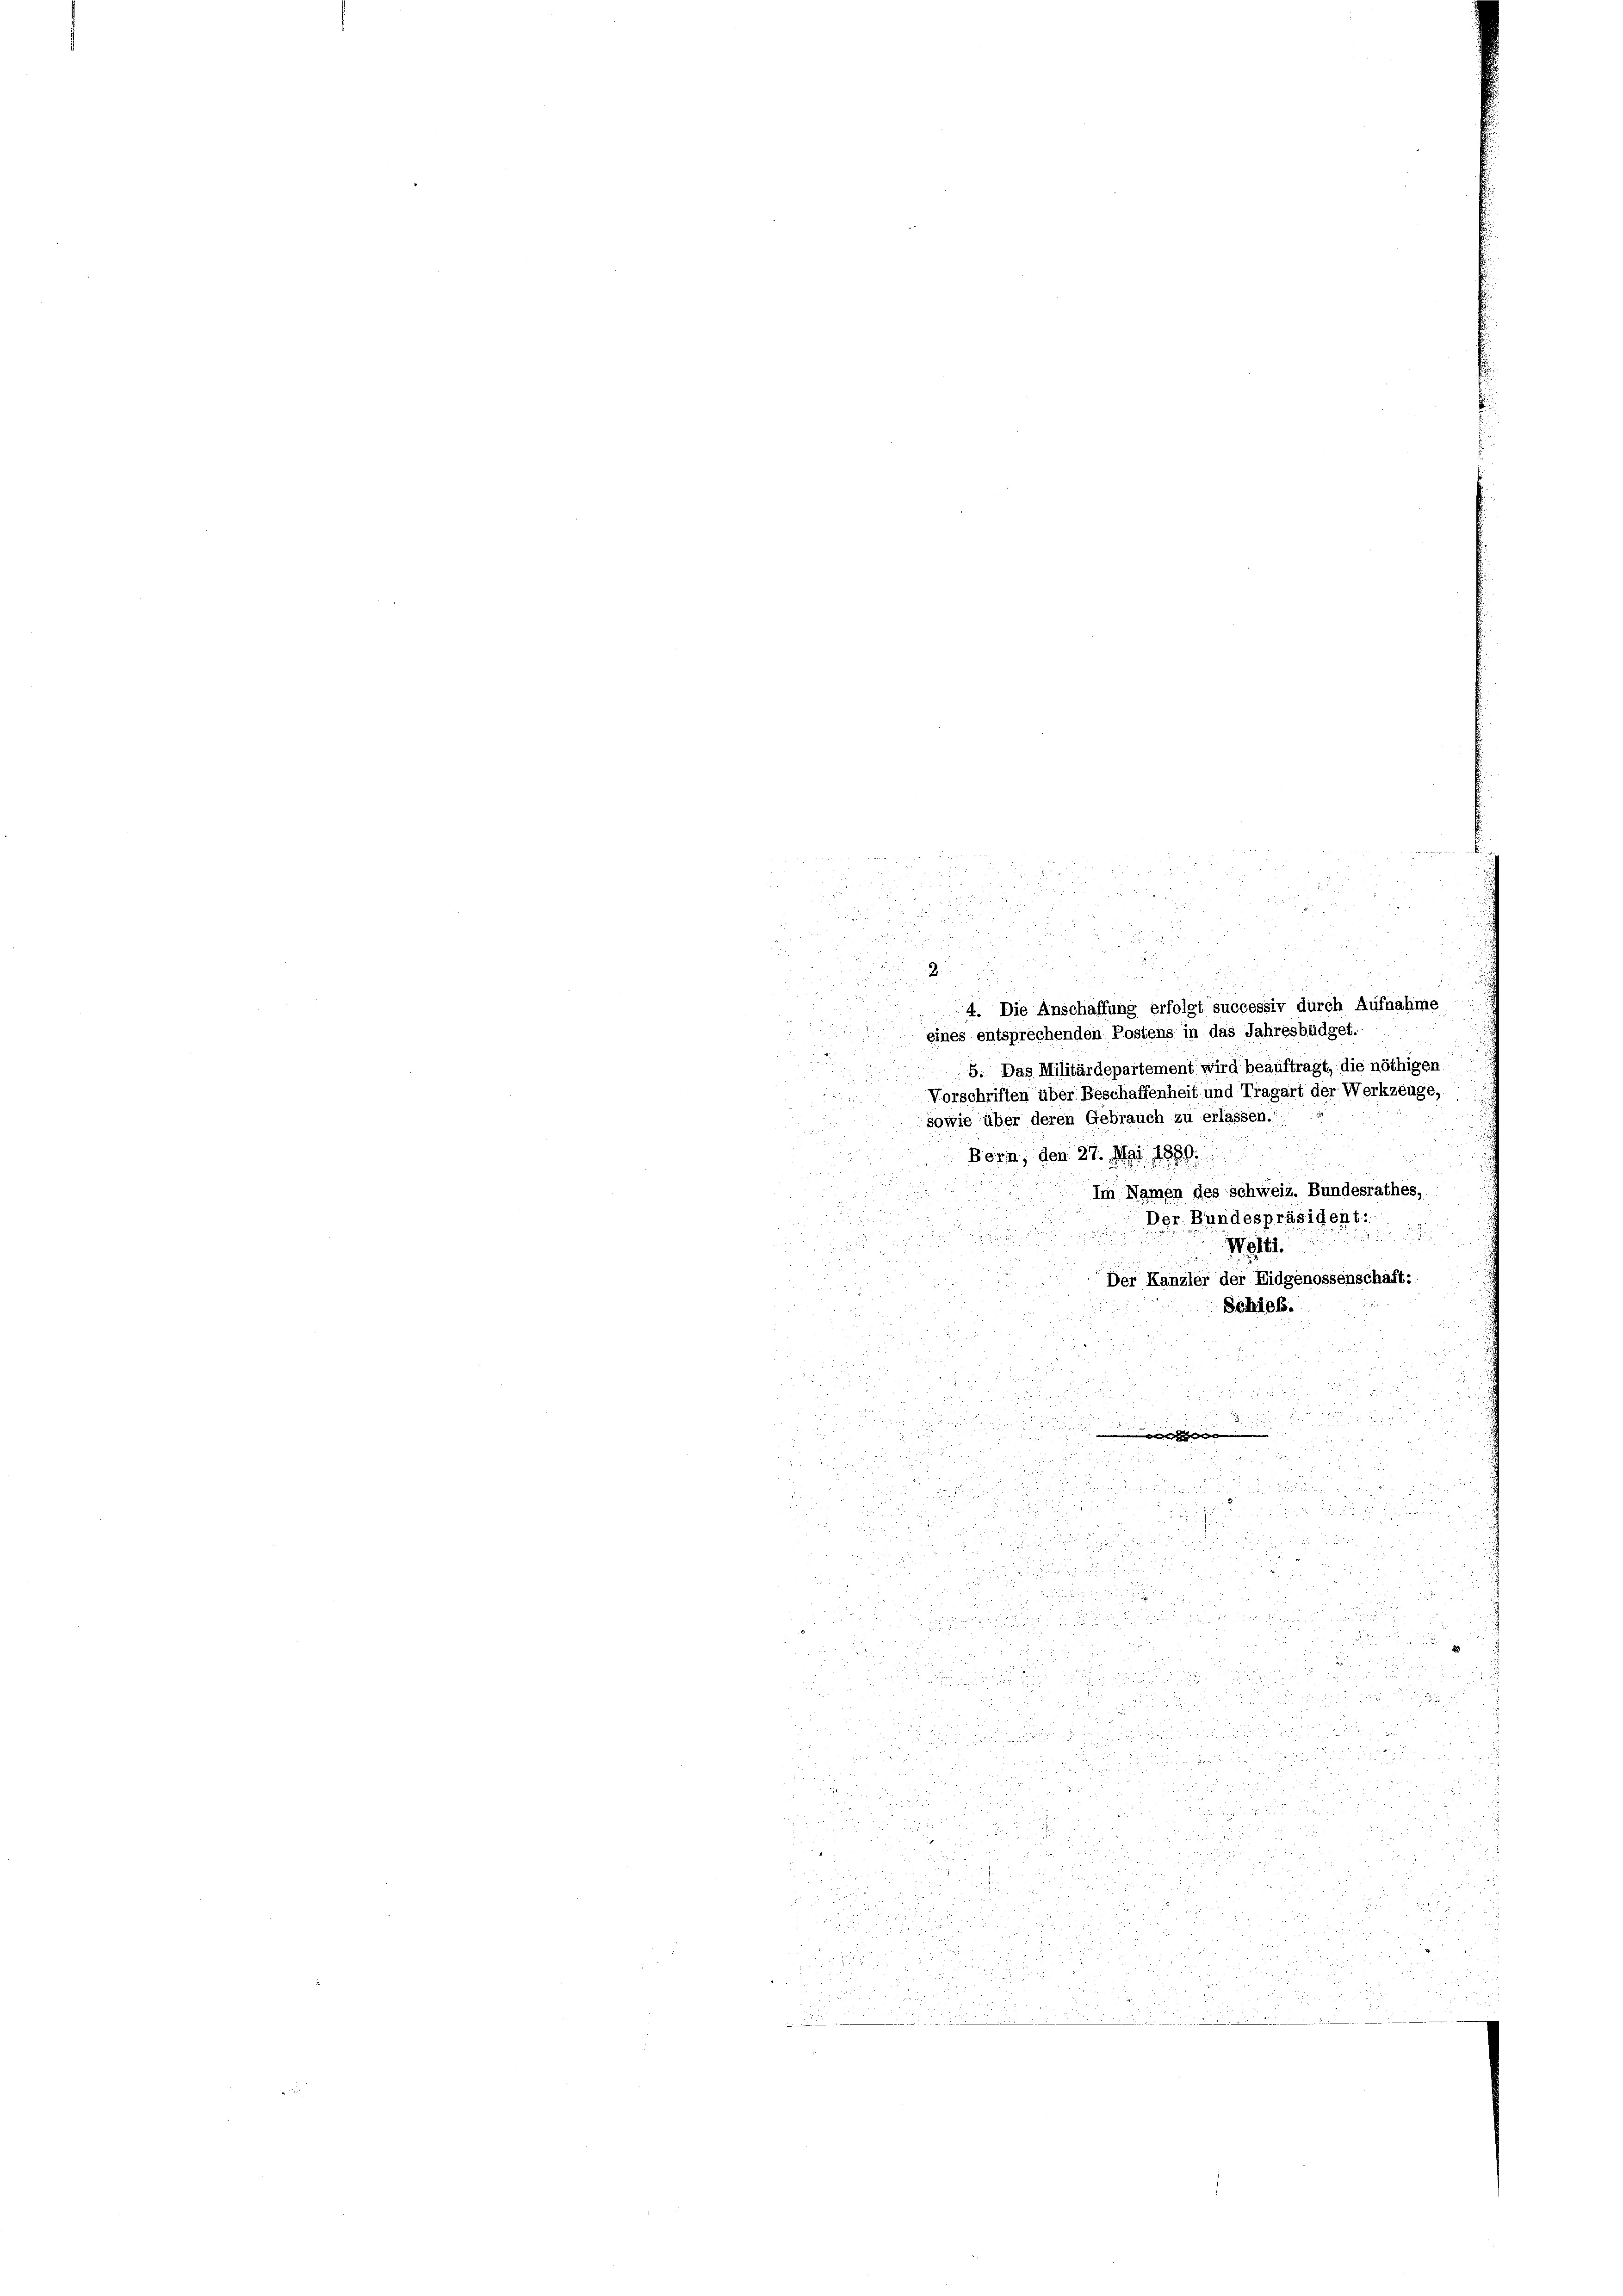
23.
32
e
r

T

a
u

e in den und
2
4. Die Anschaffung erfolgt successiv durch Aufnahme
eines entsprechenden Postens in das Jahresbüdget
u
5. Das Militärdepartement wird beauftragt, die nöthigen
Vorschriften über Beschaffenheit und Tragart der Werkzeuge,
sowie über deren Gebrauch zu erlassen.
.
Bern, den 27. Mai 1880.
2.
Im Namen des Schweiz. Bundesrathes,
Der Bundespräsident.

Welti.

Der Kanzler der Eidgenossenschaft:
Schieb.
5
u
2
u
a

d

.
u
.

i

.
.
u
u

u
u

53
2

1 f 30 x

e

2

u

88

d
5

. 25. 2
3
 2

2

d

3
  in der

2

f 4 x

2

u

d.

55 f 24
 a 5

i

n
5
 u
22

1
2 x 2 2